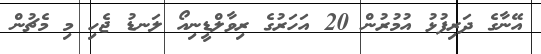
އޭނާގެ ދަރިފުޅު އުމުރުން 20 އަހަރުގެ ރިވާލްޑީނިއޯ ލަނޑު ޖެހި މި މެޗުން